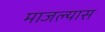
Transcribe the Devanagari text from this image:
माजल्यास